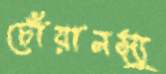
চোঁয়ানস্যু